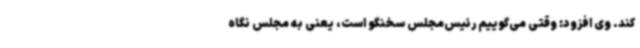
کند. وی افزود: وقتی می‌گوییم رئیس‌مجلس سخنگو است، یعنی به مجلس نگاه